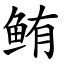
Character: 鲔